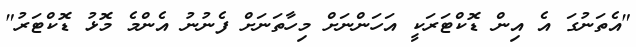
"އެތަނުގަ އެ އިން ޑޮކްޓަރަކީ އަހަންނަށް މިހާތަނަށް ފެނުނު އެންމެ މޮޅު ޑޮކްޓަރު"